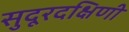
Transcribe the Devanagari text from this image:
सुदूरदक्षिणी